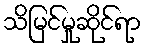
သိမြင်မှုဆိုင်ရာ